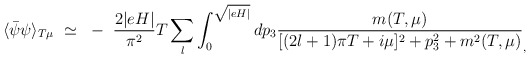
\begin{align*}\langle \bar{\psi} \psi \rangle_{T \mu}~\simeq~-~\frac{2 \vert eH \vert}{\pi^2} T \sum_l \int_0^{\sqrt{\vert eH \vert}} dp_3 \frac{m(T, \mu)}{[(2l+1) \pi T + i \mu]^2 + p_3^2 + m^2(T, \mu)}_,\end{align*}